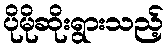
ပိုမိုဆိုးရွားသည့်